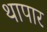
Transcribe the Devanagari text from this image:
थापार